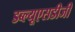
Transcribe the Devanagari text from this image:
डब्ल्यूएसडीजी